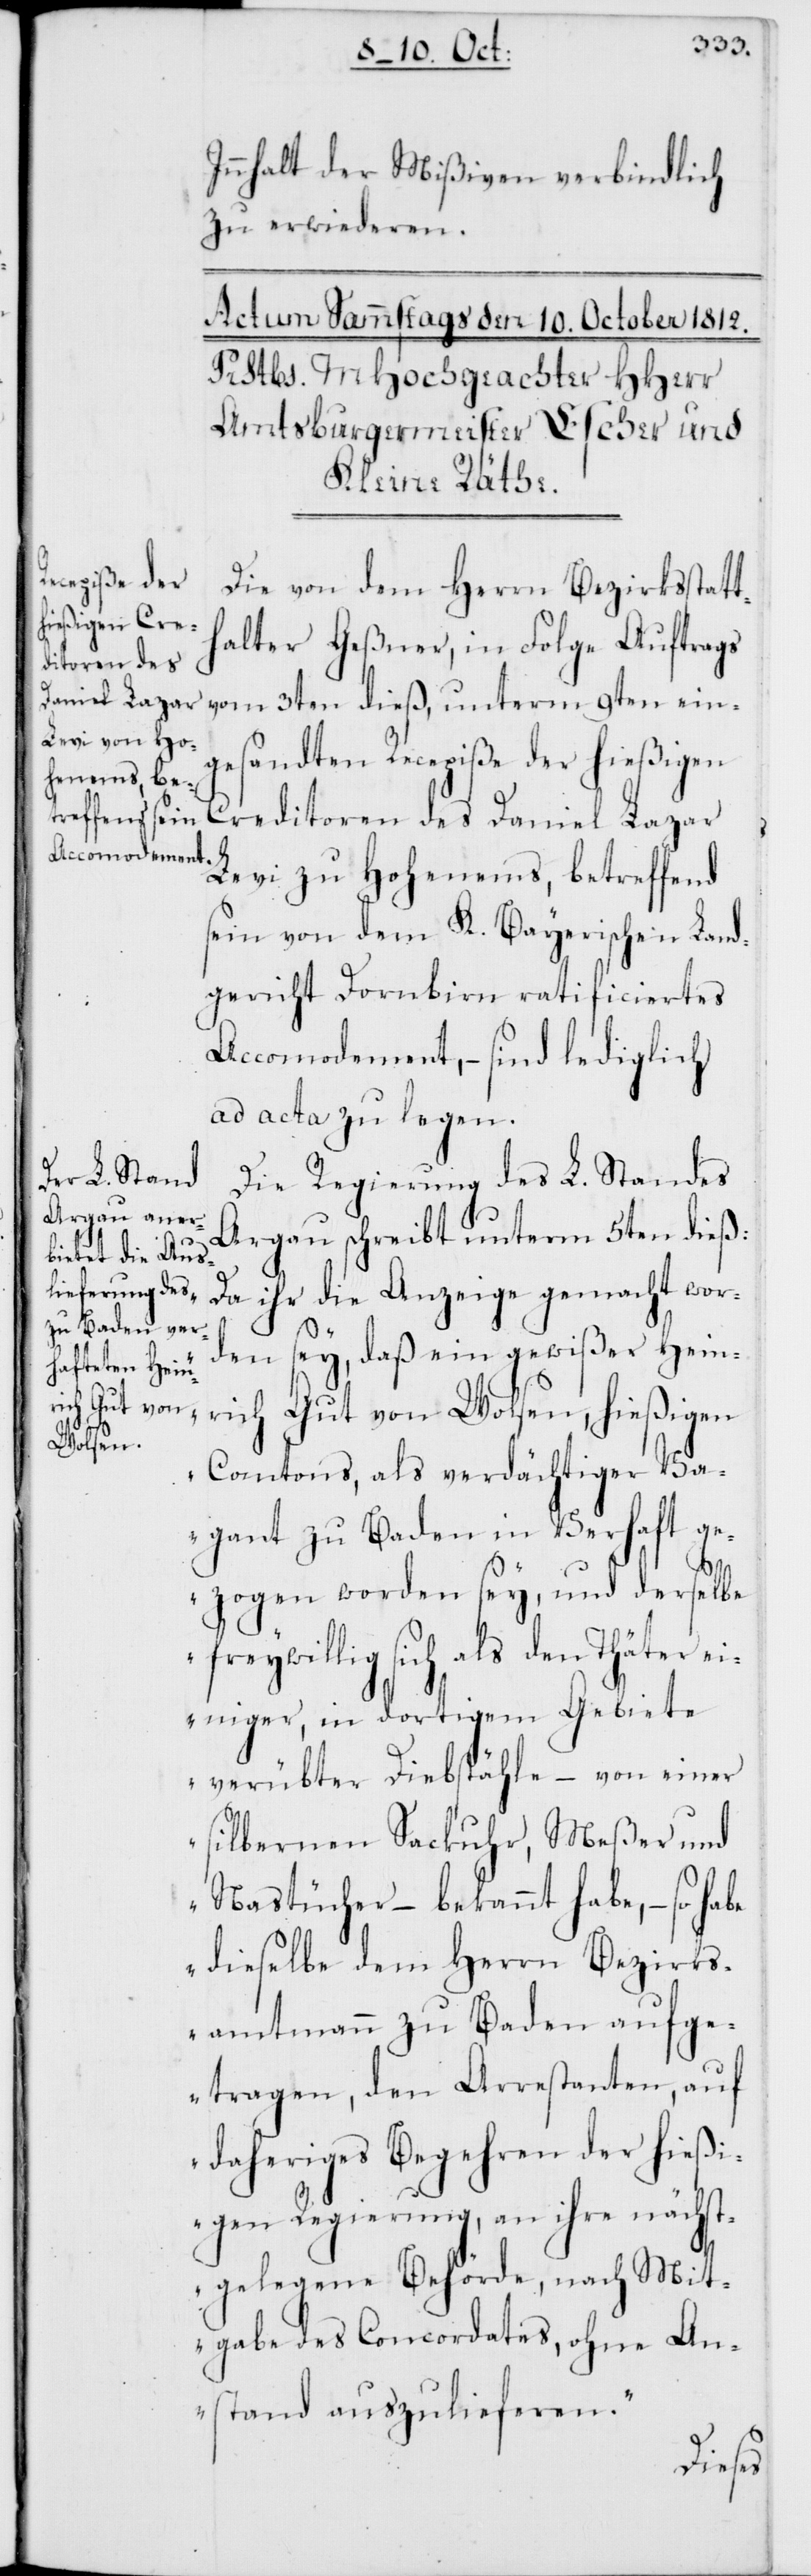
Innhalt der Mißiven verbindlich
zu erwideren.
Die von dem Herrn Bezirksstatt¬
halter Geßner, in Folge Auftrags
vom 3ten dieß, unterm 9ten ein¬
gesandten Recepiße der hießigen
Creditoren des Daniel Lazar
Levi zu Hohenems, betreffend
sein von dem K. Bayerischen Land¬
gericht Dornbirn ratificiertes
Accomodement, – sind lediglich
ad acta zu legen.
Die Regierung des L. Standes
Argau schreibt unterm 5ten dieß:
„Da ihr die Anzeige gemacht wor¬
den sey, „Daß ein gewißer Hein¬
rich Gut von Wolsen, hießigen
Cantons, als verdächtiger Va¬
gant zu Baden in Verhaft ge¬
zogen worden sey, und derselbe
freywillig sich als den Thäter
einiger, in dortigem Gebiete
verübter Diebstähle, – von einer
silbernen Sackuhr, Meßer und
Nastücher, – bekannt habe, – so habe
dieselbe dem Herrn Bezirks¬
amtmann zu Baden aufge¬
tragen, den Arrestanten, auf
daheriges Begehren der hießi¬
gen Regierung, an ihre nächst¬
gelegene Behörde, nach Mit¬
gabe des Concordates, ohne An¬
stand auszulieferen.“